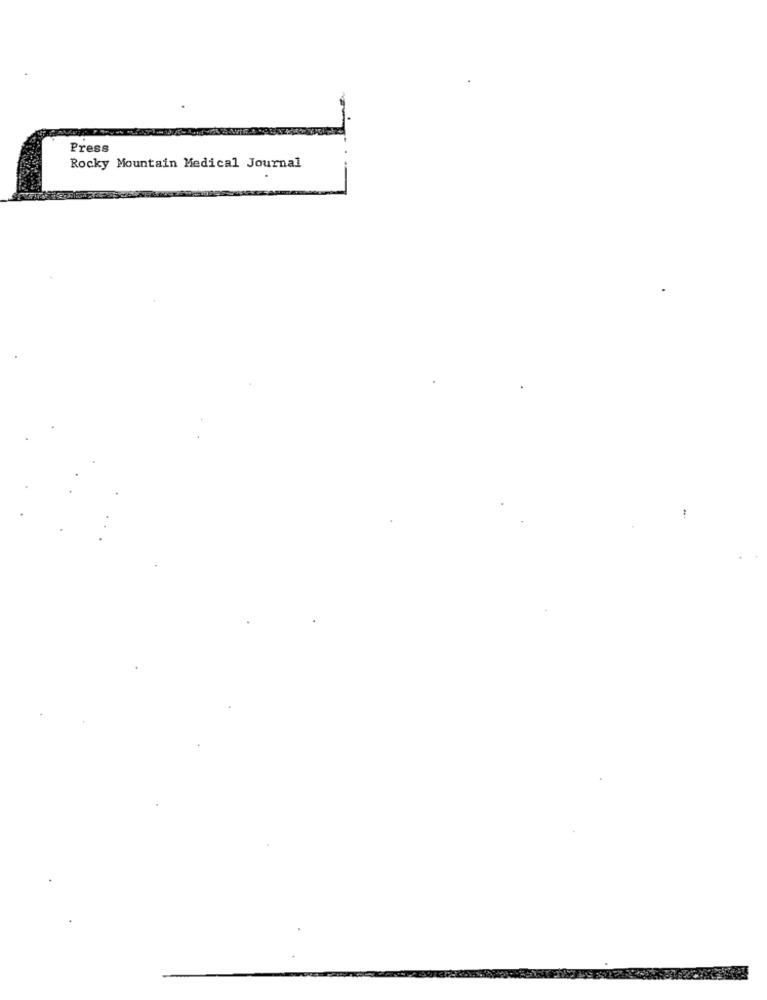
Press
Rocky Mountain Medical Journal